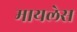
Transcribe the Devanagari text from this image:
मायलेस